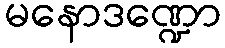
မနောဒဏ္ဍော